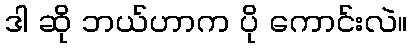
ဒါ ဆို ဘယ်ဟာက ပို ကောင်းလဲ။